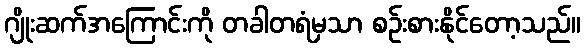
ဂျိုးဆက်အကြောင်းကို တခါတရံမှသာ စဉ်းစားနိုင်တော့သည်။